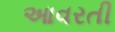
આવરતી